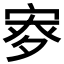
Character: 𡨨